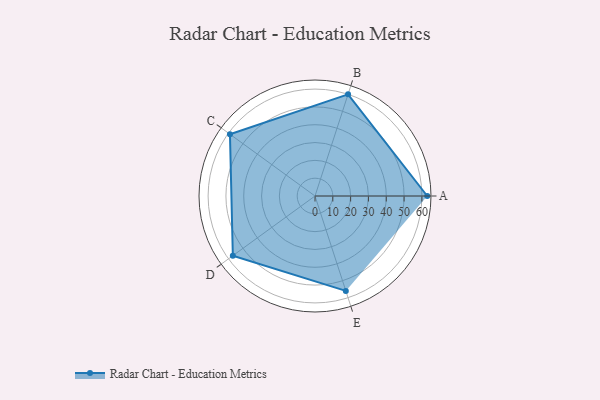
{"axis": {"x": "Skill", "y": "Score"}, "legend": ["Profile"], "data": [{"x": "A", "y": 63.0, "type": "Profile"}, {"x": "B", "y": 60.0, "type": "Profile"}, {"x": "C", "y": 59.0, "type": "Profile"}, {"x": "D", "y": 57.0, "type": "Profile"}, {"x": "E", "y": 56.0, "type": "Profile"}]}